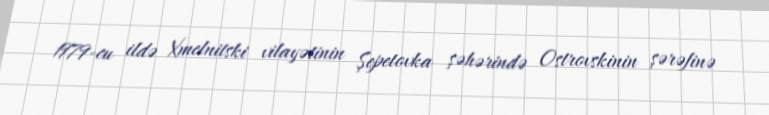
1979-cu ildə Xmelnitski vilayətinin Şepetovka şəhərində Ostrovskinin şərəfinə